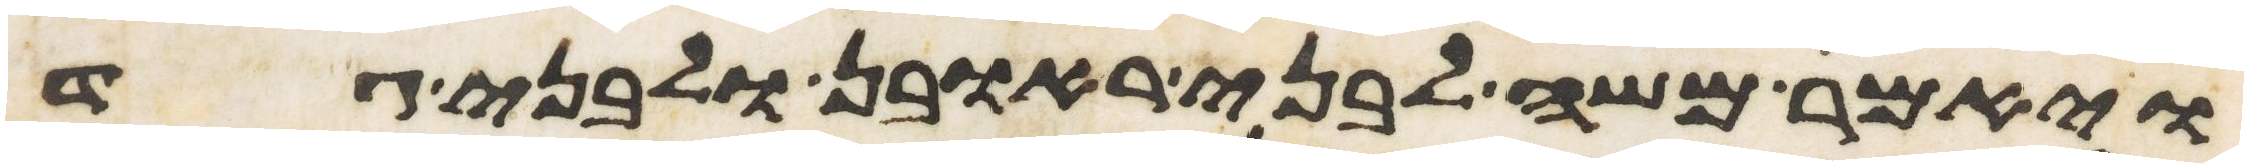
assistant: ויאמר משה לבני ראובן ולבני גד